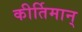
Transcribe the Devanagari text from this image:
कीर्तिमान्